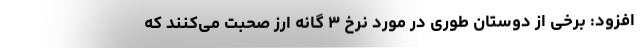
افزود: برخی از دوستان طوری در مورد نرخ ۳ گانه ارز صحبت می‌کنند که